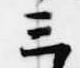
三